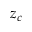
z _ { c }